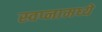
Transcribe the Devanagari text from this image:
स्वप्नामध्ये